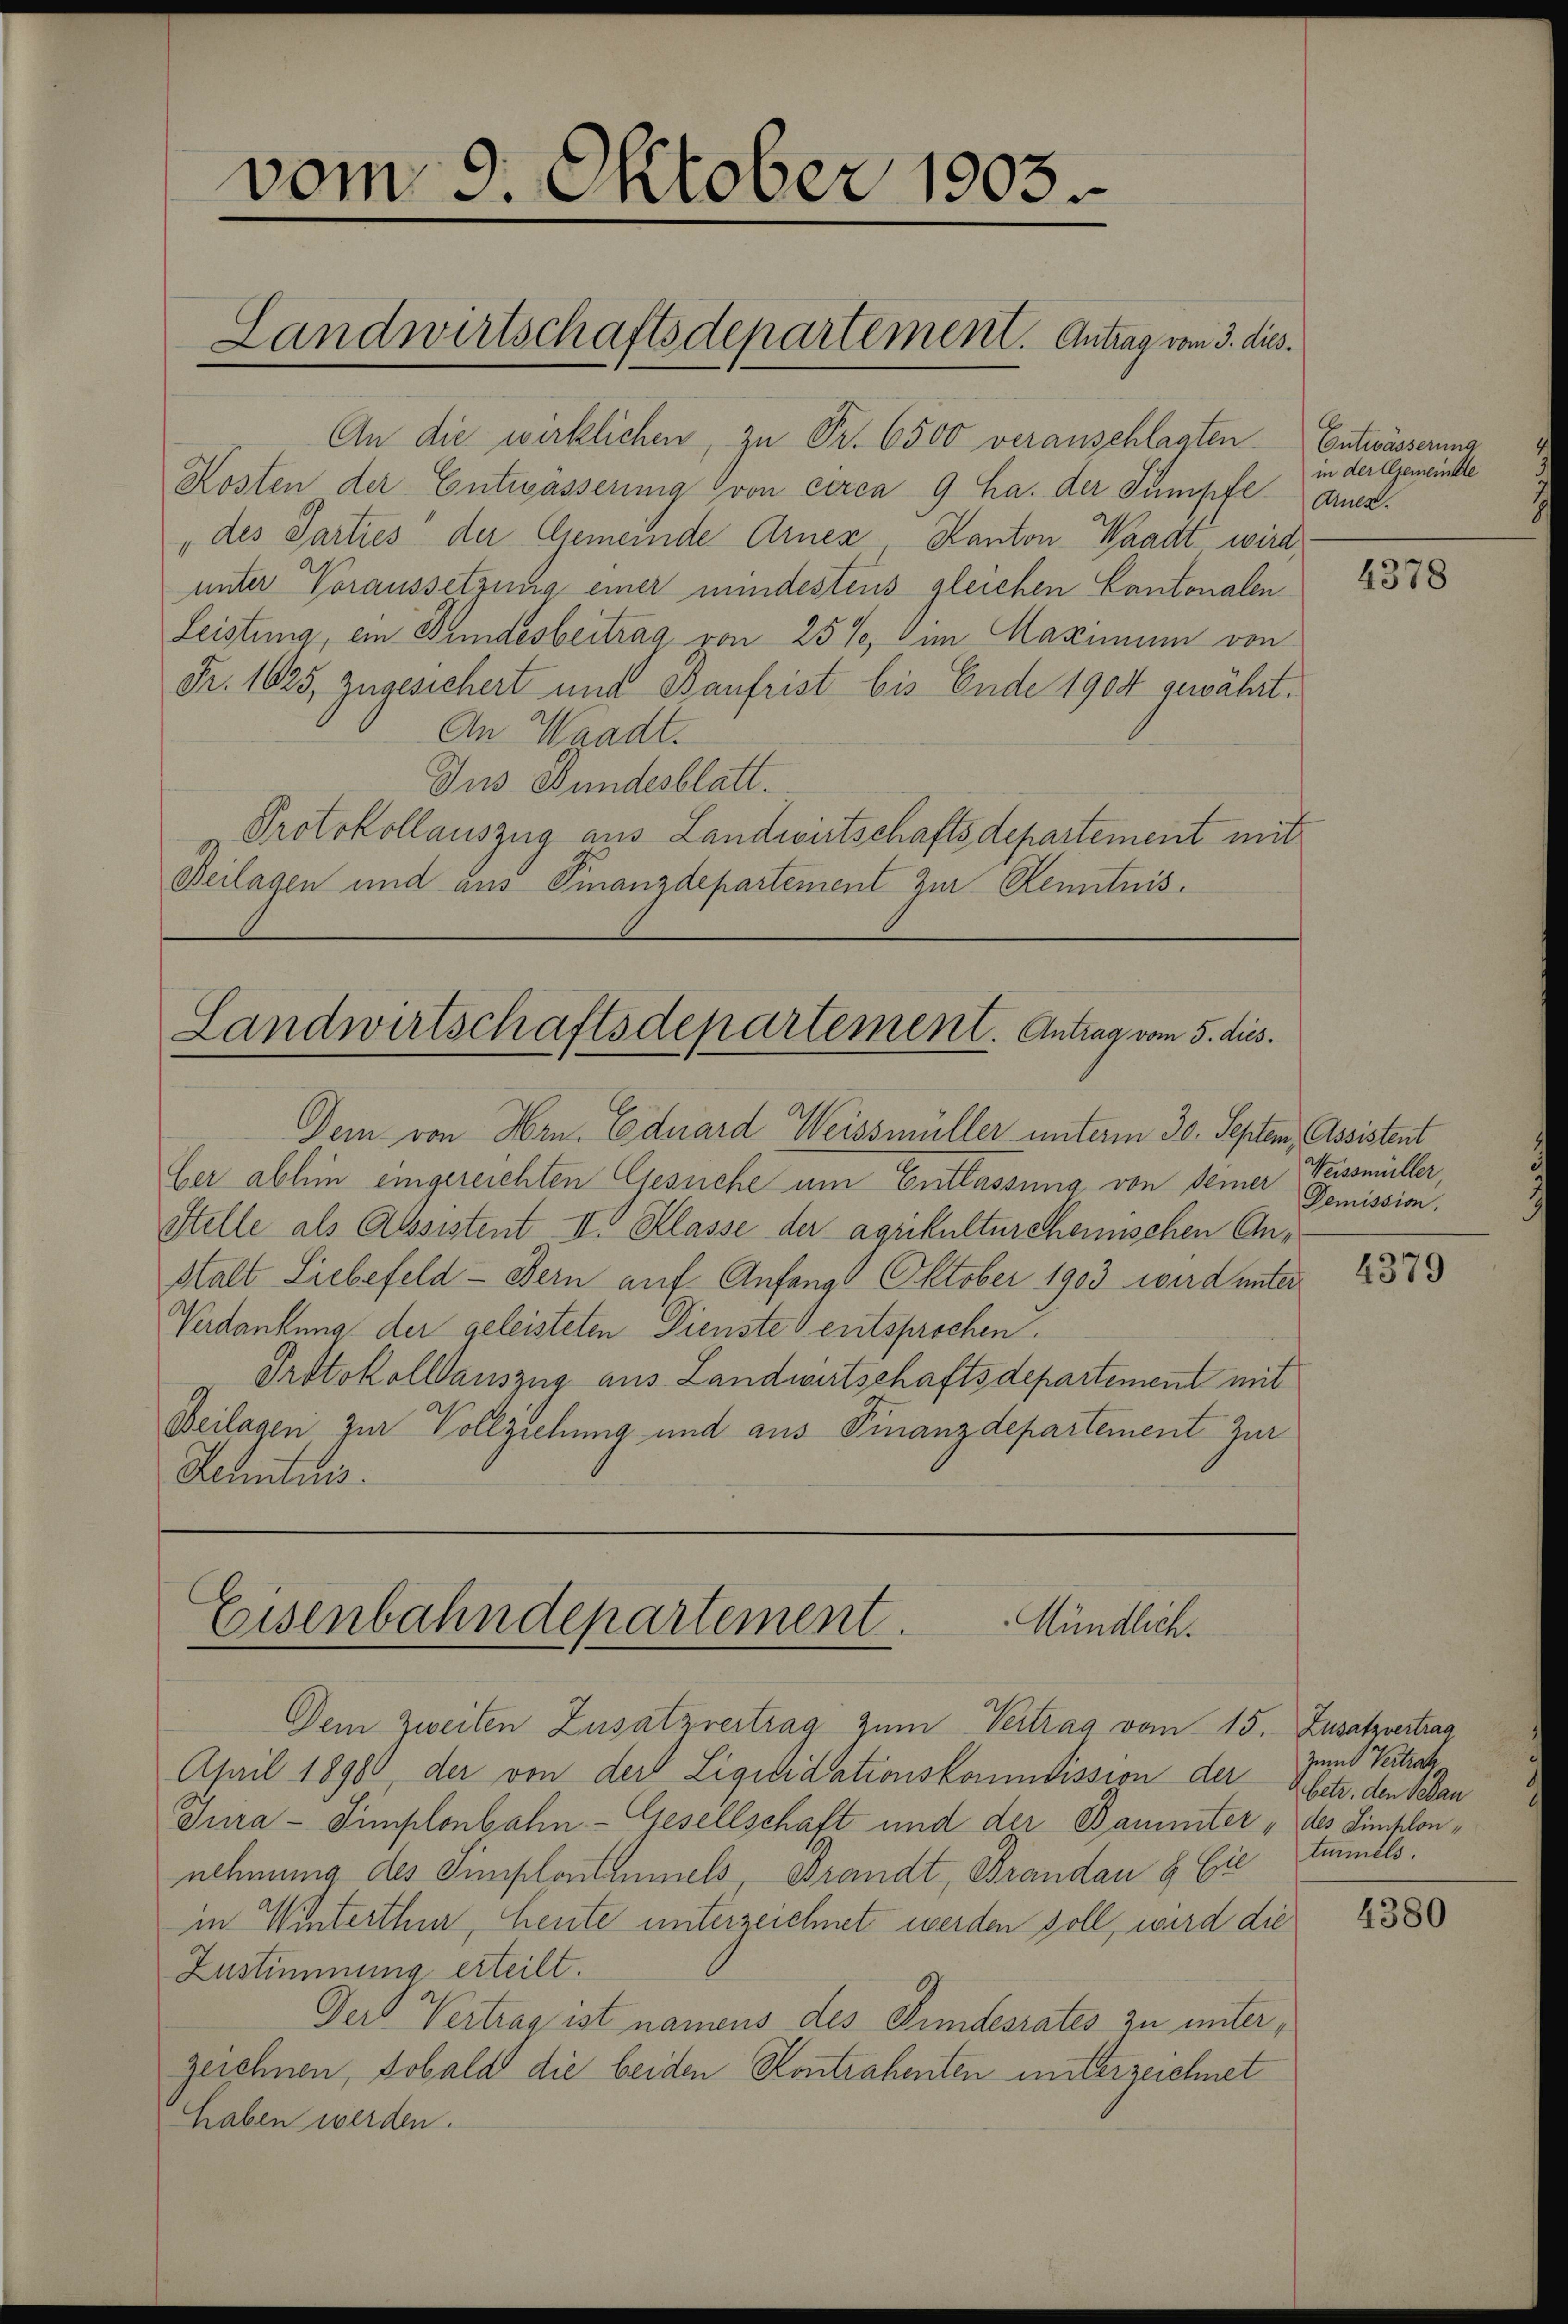
vom 9. Oktober 1903

Landwirtschaftsdepartement. Antrag vom 3. dies

An die wirklichen, zu Fr. 6500 veranschlagten
Kosten der Entwässerung von circa 9 ha. der Sumpfe Armen¬
„des Parties der Gemeinde Arnes Kanton Waadt wird,
unter Voraussetzung einer mindestens gleichen Cantonalen
Leistung, ein Gundesbeitrag von 25%, im Maximum von
Fr. 1625, zugesichert und Baufrist bis Ende 1904 gewährt.
An Waadt.
Jus Bundesblatt.
Protokollauszug aus Landwirtschaftsdepartement mit
Beilagen und aus Finanzdepartement zur Kenntnis.

Landwirtschaftsdepartement. Antrag vom 5. dies

Dein von Hrn. Eduard Weissmüller unterm 30. Septem, Assistent
ber abhin eingereichten Gesuche am Entlassung von deiner Weissmüller,
Stelle als Assistent II. Klasse der agrikultursheimischen Anstalt Liebefeld - Bern auf Anfang Oktober 1903 wird unter
Nardankung der geleisteten Dienste entsprochen.
Protokollsauszug aus Landwirtschaftsdepartement mit
Beilagen zur Vollziehung und aus Finanzdepartement zur
Kenntnis.

Eisenbahndepartement.
Mündlich.

Dem Zweiten Zusatzvertrag zum Vertrag vom 15. Zusatzvertrag
April 18900, der von der Liquidationskommission der
Jura - Simplonbahn-Gesellschaft und der Bammter " des Simplonnehmung des Simplontaniels, Brandt, Brandau & Cie
in Winterthur, heute unterzeichnet werden soll, wird die
Zustimmung erteilt.
Der Vertrag ist namens des Kindesrates zu unterzeichnen, sobald die beiden Kontrahenten unterzeichnet
haben werden.

Entwässerung
in der Gemeinste

4378

Demission.

4379

Zumt Vertrah
2. betr. den Bebau
turels.

4380